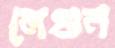
লেগুন